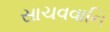
સાચવવાનિ